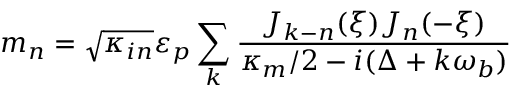
m _ { n } = \sqrt { \kappa _ { i n } } \varepsilon _ { p } \sum _ { k } \frac { J _ { k - n } ( \xi ) J _ { n } ( - \xi ) } { \kappa _ { m } / 2 - i ( \Delta + k \omega _ { b } ) }